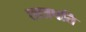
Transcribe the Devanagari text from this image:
छात्रपति